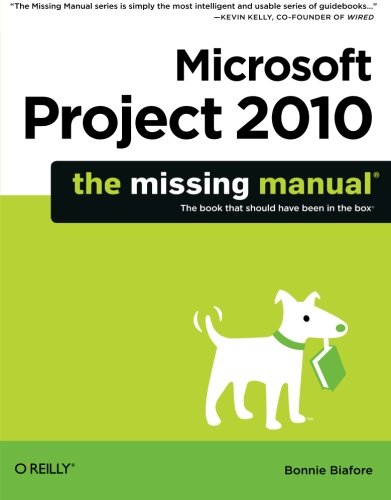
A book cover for Microsoft Project 2010: The Missing Manual; Bonnie Biafore; Computers & Technology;